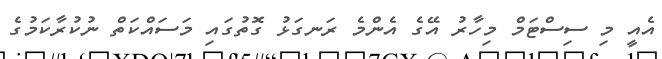
އެއީ މި ސިސްޓަމް މިހާރު އޭގެ އެންމެ ރަނގަޅު ގޮތުގައި މަސައްކަތް ނުކުރާކަމުގެ